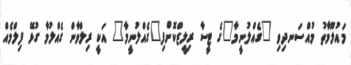
މައުލޫމާތު މުއްސަނދިވި "ގެއްލުނީމާ"ގެ ޓީސާ ރިލީޒްކޮށްފި"ގެއްލުނީމާ" އަކީ ރިލްވާން ގެއްލުމާ ގުޅޭ ފިލްމެއް